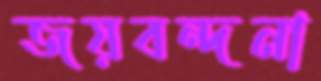
জয়বন্দনা